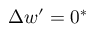
\Delta w ^ { \prime } = 0 ^ { * }